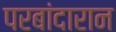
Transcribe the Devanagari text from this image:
परबांदारान